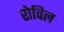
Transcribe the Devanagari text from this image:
रोविल